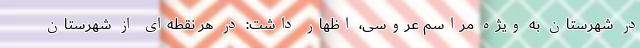
در شهرستان به ویژه مراسم عروسی، اظهار داشت: در هر نقطه‌ای از شهرستان